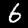
Digit: 6